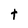
Character: t